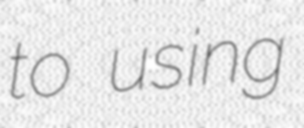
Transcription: to using